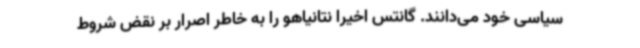
سیاسی خود می‌دانند. گانتس اخیرا نتانیاهو را به خاطر اصرار بر نقض شروط